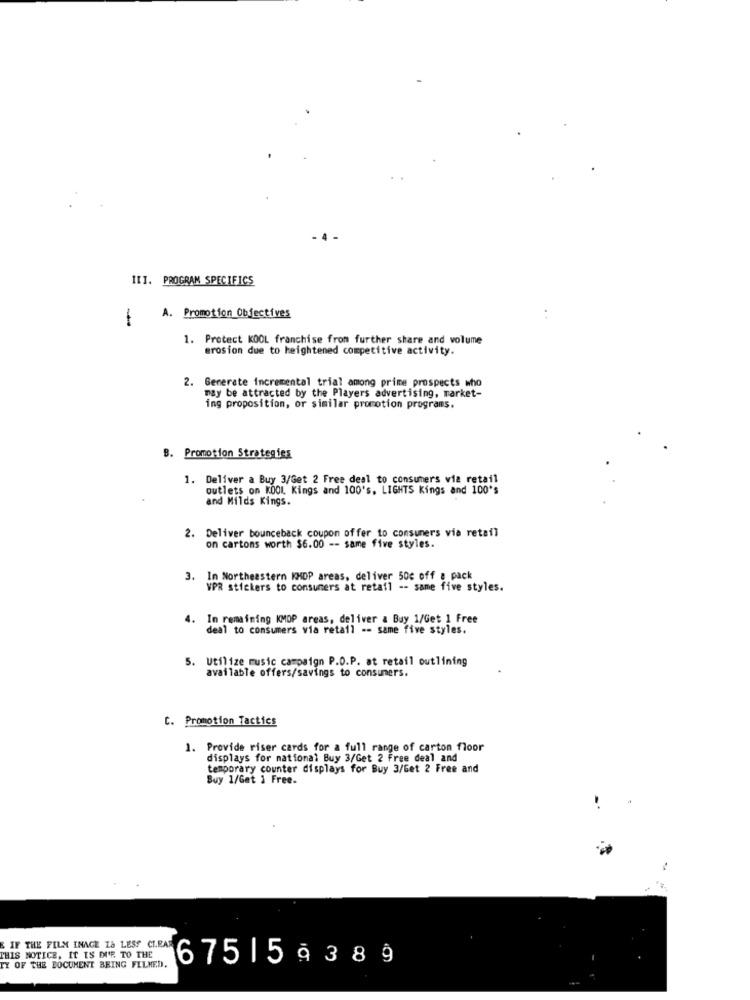
III. PROGRAM SPECIFICS
-
A. Promotion Objectives
1. Protect KOOL franchise from further share and volume
erosion due to heightened competitive activity.
2. Generate incremental trial among prime prospects who
may be attracted by the Players advertising, market-
ing proposition, or similar promotion programs.
B. Promotion Strategies
1. Deliver a Buy 3/Get 2 Free deal to consumers via retail
outlets on KOOL. Kings and 100's, LIGHTS Kings and 100's
and Milds Kings.
2. Deliver bounceback coupon offer to consumers via retail
on cartons worth $6.00 -- same five styles.
3. In Northeastern KMDP areas, deliver 50c off a pack
VPR stickers to consumers at retail -- same five styles.
4. In remaining KMOP areas, deliver & Buy 1/Get 1 Free
deal to consumers via retail -- same five styles.
5. Utilize music campaign P.O.P. at retail outlining
available offers/savings to consumers.
C. Promotion Tactics
1. Provide riser cards for a full range of carton floor
displays for national Buy 3/Get 2 Free deal and
temporary counter displays for Buy 3/Get 2 Free and
Buy 1/Get 1 Free.
IF THE FILM INAGE LA LESS CLEAR
THIS NOTICE. IT IS DIR. TO THE
67515 9389
TY OF THE BOCUMENT BRING FILMED.